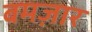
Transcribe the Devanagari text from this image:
बमज़ार